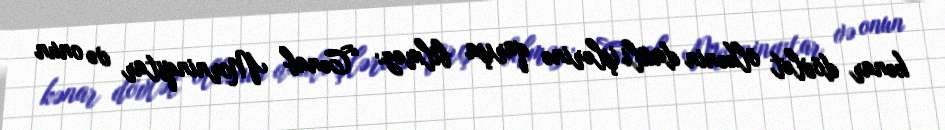
kənar dövlət ölkənin daxili işlərinə qarışa bilməz: “Cənab Morninqstar və onun